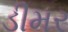
ડીમર